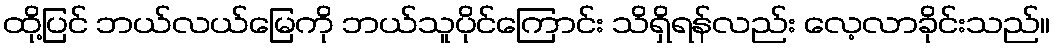
ထို့ပြင် ဘယ်လယ်မြေကို ဘယ်သူပိုင်ကြောင်း သိရှိရန်လည်း လေ့လာခိုင်းသည်။